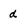
Character: d